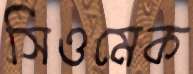
সিওমেক